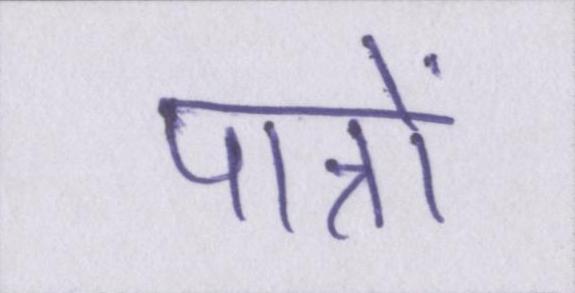
पात्रों